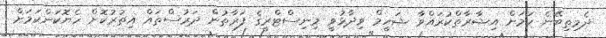
ދެމިތިބޭނެ ކަމަށް އިޝާރާތްކުރައްވާ ޝަހީމް ވިދާޅުވީ މިނިސްޓްރީގެ ފަރާތުން ދަރުސްތައް އިތުރުކޮށް ހެޔޮކަންކަމަށް